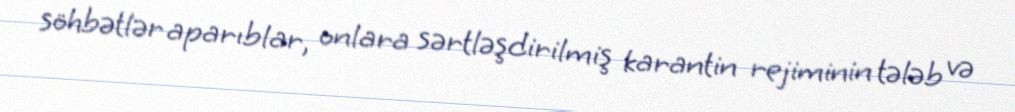
söhbətlər aparıblar, onlara sərtləşdirilmiş karantin rejiminin tələb və